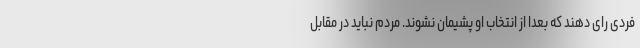
فردی رای دهند که بعدا از انتخاب او پشیمان نشوند. مردم نباید در مقابل